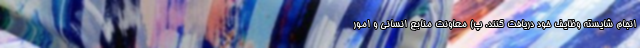
انجام شایسته وظایف خود دریافت کنند. پ) معاونت منابع انسانی و امور